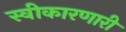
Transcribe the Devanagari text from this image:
स्वीकारणारी